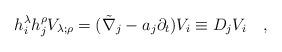
LaTeX: \begin{align*} h^{\lambda}_i h^{\rho}_j V_{\lambda;\rho}=(\tilde{\nabla}_j-a_j\partial_t) V_i\equiv D_jV_i~~~,\end{align*}